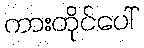
ကားတိုင်ပေါ်